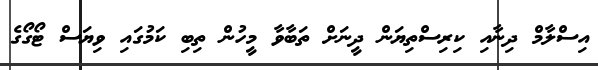
އިސްލާމް ދިނާއި ކިރިސްތިޔަން ދީނަށް ތަބާވާ މީހުން ތިބި ކަމުގައި ވިޔަސް ޓޯގޯގެ